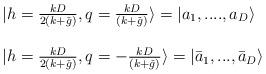
LaTeX: \begin{align*}\begin{array}{l}|h=\frac{kD}{2(k+\check{g})}, q=\frac{kD}{(k+\check{g})} \rangle =|a_{1},....,a_{D} \rangle \\\ \\|h=\frac{kD}{2(k+\check{g})}, q=-\frac{kD}{(k+\check{g})} \rangle =|\bar{a}_{1},..., \bar{a}_{D} \rangle\end{array}\end{align*}